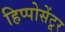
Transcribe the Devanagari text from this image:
हिप्पोसेंटूर